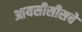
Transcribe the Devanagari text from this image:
आयसीसीसचे